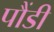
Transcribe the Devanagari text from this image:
पौंडी